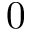
0